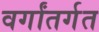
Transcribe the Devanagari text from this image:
वर्गांतर्गत